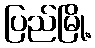
ပြည်မြို့